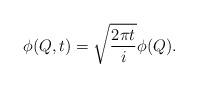
LaTeX: \begin{align*}\phi(Q,t)= \sqrt{ {2\pi t \over i}}\phi(Q).\end{align*}